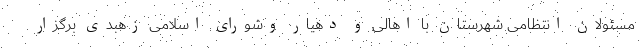
مسئولان انتظامی شهرستان با اهالی و دهیار وشورای اسلامی زهبدی برگزار